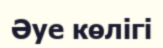
Әуе көлігі